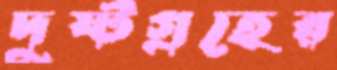
দুষ্টগ্রহের